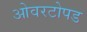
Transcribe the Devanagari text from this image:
ओवरटोपड